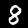
Label: 8